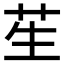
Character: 苼